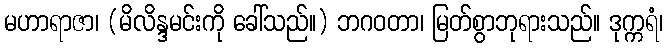
မဟာရာဇာ၊ (မိလိန္ဒမင်းကို ခေါ်သည်။) ဘဂဝတာ၊ မြတ်စွာဘုရားသည်။ ဒုက္ကရံ၊